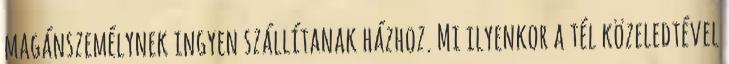
magánszemélynek ingyen szállítanak házhoz. Mi ilyenkor a tél közeledtével